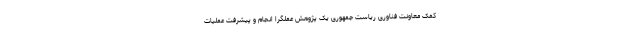
کمک معاونت فناوری ریاست جمهوری یک پژوهش عملگرا انجام و پیشرفت عملیات